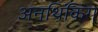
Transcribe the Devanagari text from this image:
अनथिंकिंग